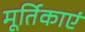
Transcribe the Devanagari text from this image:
मूर्तिकाएं